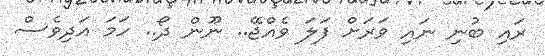
ރައި ބުނި ނައި ވަރަށް ފަލަ ވެއްޖޭ.. ނޫން ދޯ.. ހަމަ އަދިވެސް